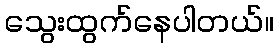
သွေးထွက်နေပါတယ်။